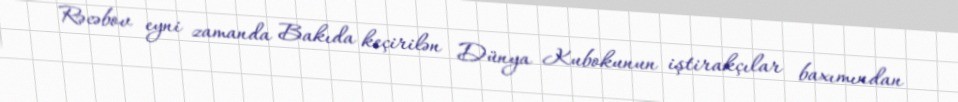
Rəcəbov eyni zamanda Bakıda keçirilən Dünya Kubokunun iştirakçılar baxımından